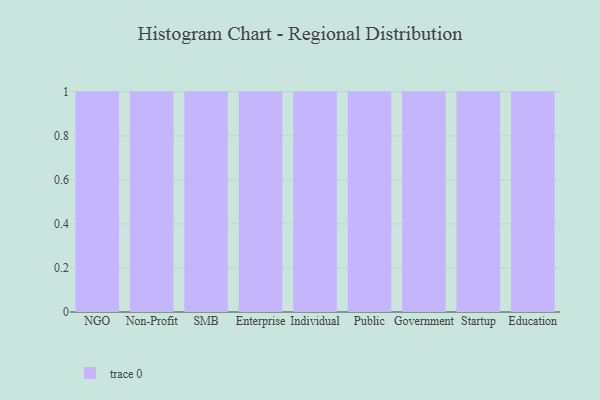
{"axis": {"x": "Segment", "y": "Waste Production (Tons)"}, "legend": [""], "data": [{"x": "NGO", "y": 43, "type": ""}, {"x": "Non-Profit", "y": 33, "type": ""}, {"x": "SMB", "y": 50, "type": ""}, {"x": "Enterprise", "y": 17, "type": ""}, {"x": "Individual", "y": 74, "type": ""}, {"x": "Public", "y": 57, "type": ""}, {"x": "Government", "y": 61, "type": ""}, {"x": "Startup", "y": 36, "type": ""}, {"x": "Education", "y": 40, "type": ""}]}